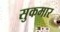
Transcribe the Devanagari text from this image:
सुकमार